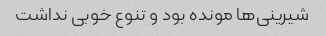
شیرینی‌ها مونده بود و تنوع خوبی نداشت